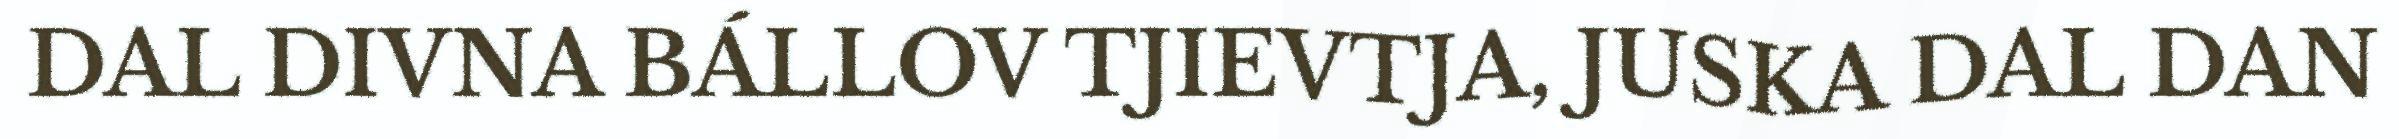
DAL DIVNA BÁLLOV TJIEVTJA, JUSKA DAL DAN